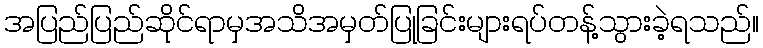
အပြည်ပြည်ဆိုင်ရာမှအသိအမှတ်ပြုခြင်းများရပ်တန့်သွားခဲ့ရသည်။